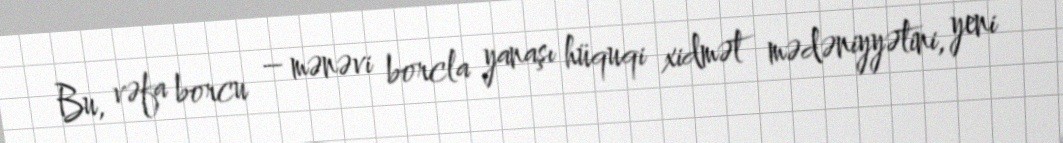
Bu, vəfa borcu – mənəvi borcla yanaşı hüquqi xidmət mədəniyyətini, yeni